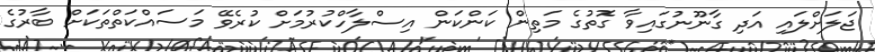
ޖަލަށްލައި އަދި ގާނޫނުގައިވާ ގޮތުގެ މަތިން ކަންކަން އިސްލާހްކުރުމަށް ކުރެވޭ މަސައްކަތްތަކަށް ބާރުގެ